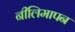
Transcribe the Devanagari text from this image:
नीलिमापन